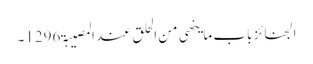
الجنائز باب ما ینھی من الحلق عند المصیبۃ 1296۔